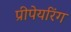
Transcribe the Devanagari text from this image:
प्रीपेयरिंग